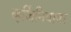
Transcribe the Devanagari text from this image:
व्हर्जिनियावर